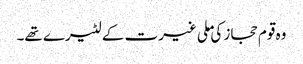
وہ قوم حجاز کی ملی غیرت کے لٹیرے تھے۔